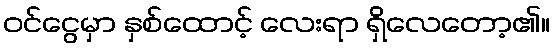
ဝင်ငွေမှာ နှစ်ထောင့် လေးရာ ရှိလေတော့၏။